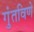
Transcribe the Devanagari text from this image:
गुंतविणे